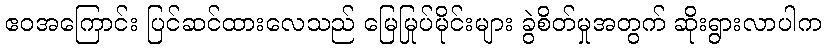
ဧဝအကြောင်း ပြင်ဆင်ထားလေသည် မြေမြုပ်မိုင်းများ ခွဲစိတ်မှုအတွက် ဆိုးရွားလာပါက